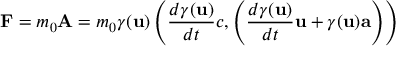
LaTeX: \mathbf { F } = m _ { 0 } \mathbf { A } = m _ { 0 } \gamma ( \mathbf { u } ) \left( { \frac { d { \gamma } ( \mathbf { u } ) } { d t } } c , \left( { \frac { d { \gamma } ( \mathbf { u } ) } { d t } } \mathbf { u } + \gamma ( \mathbf { u } ) \mathbf { a } \right) \right)